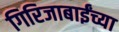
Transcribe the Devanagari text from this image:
गिरिजाबाईंच्या